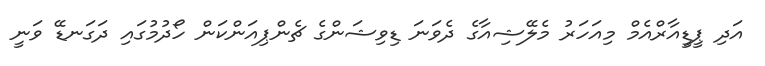
އަދި ޕީޑީއާރްއެމް މިއަހަރު މެލޭޝިއާގެ ދެވަނަ ޑިވިޝަންގެ ޗެންޕިއަންކަން ހޯދުމުގައި ދަގަނޑޭ ވަނީ